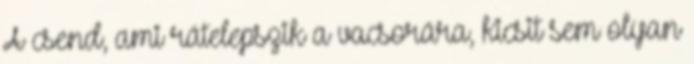
A csend, ami rátelepszik a vacsorára, kicsit sem olyan